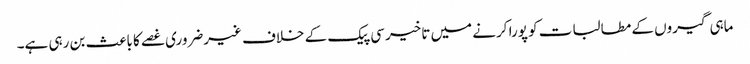
ماہی گیروں کے مطالبات کو پورا کرنے میں تاخیر سی پیک کے خلاف غیرضروری غصے کا باعث بن رہی ہے۔